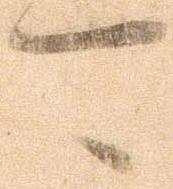
可